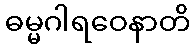
ဓမ္မဂါရဝေနာတိ